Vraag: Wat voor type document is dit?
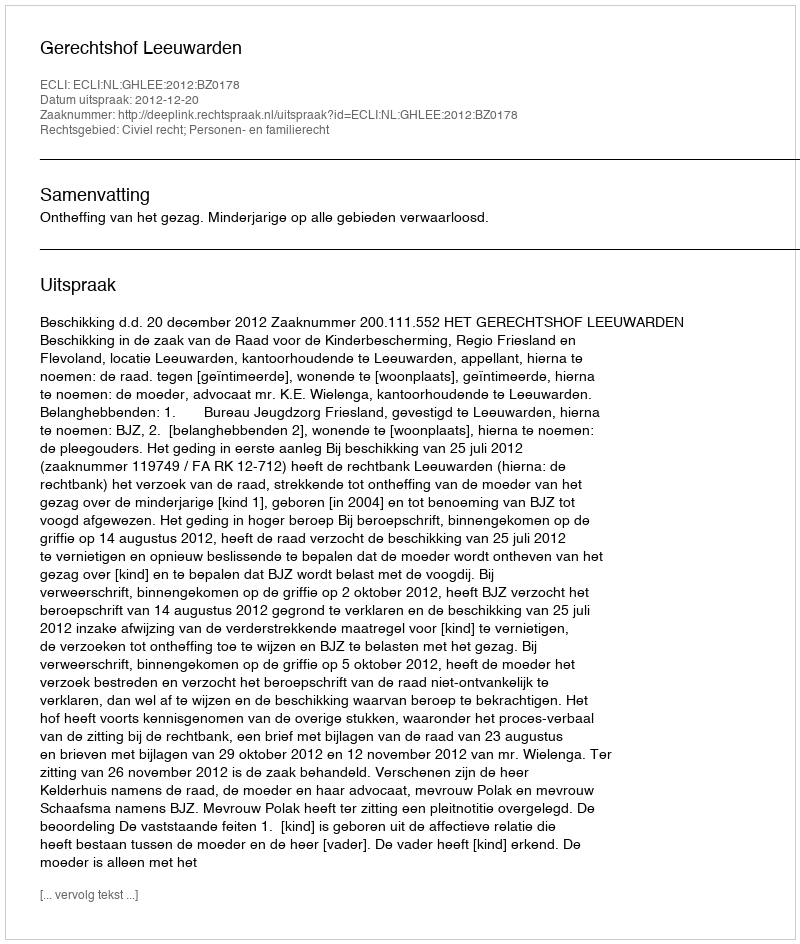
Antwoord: Uitspraak